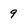
Character: 9